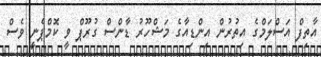
އާތިފް އަސްލަމްގެ އިތުރުން އިންޑިއާގެ މަޝްހޫރު ޑާންސް ގުރޫޕް ވީ ކޮމްޕެނީ ވެސް